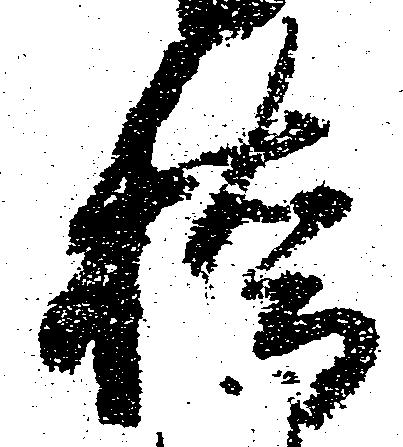
橋